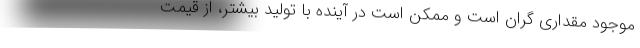
موجود مقداری گران است و ممکن است در آینده با تولید بیشتر، از قیمت